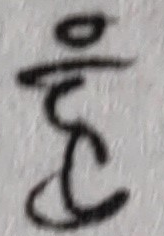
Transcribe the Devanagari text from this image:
हूं